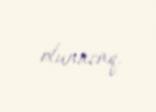
olunacaq.